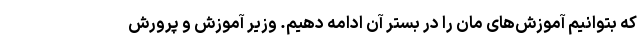
که بتوانیم آموزش‌های مان را در بستر آن ادامه دهیم. وزیر آموزش و پرورش